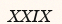
ХХІХ